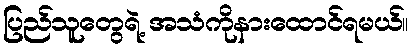
ပြည်သူတွေရဲ့ အသံကိုနားထောင်ရမယ်။